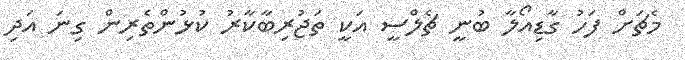
މެޗަށް ފަހު ގާޑިއޯލާ ބުނީ ޗެލްސީ އަކީ ތަޖުރިބާކާރު ކުޅުންތެރިން ގިނަ އަދި